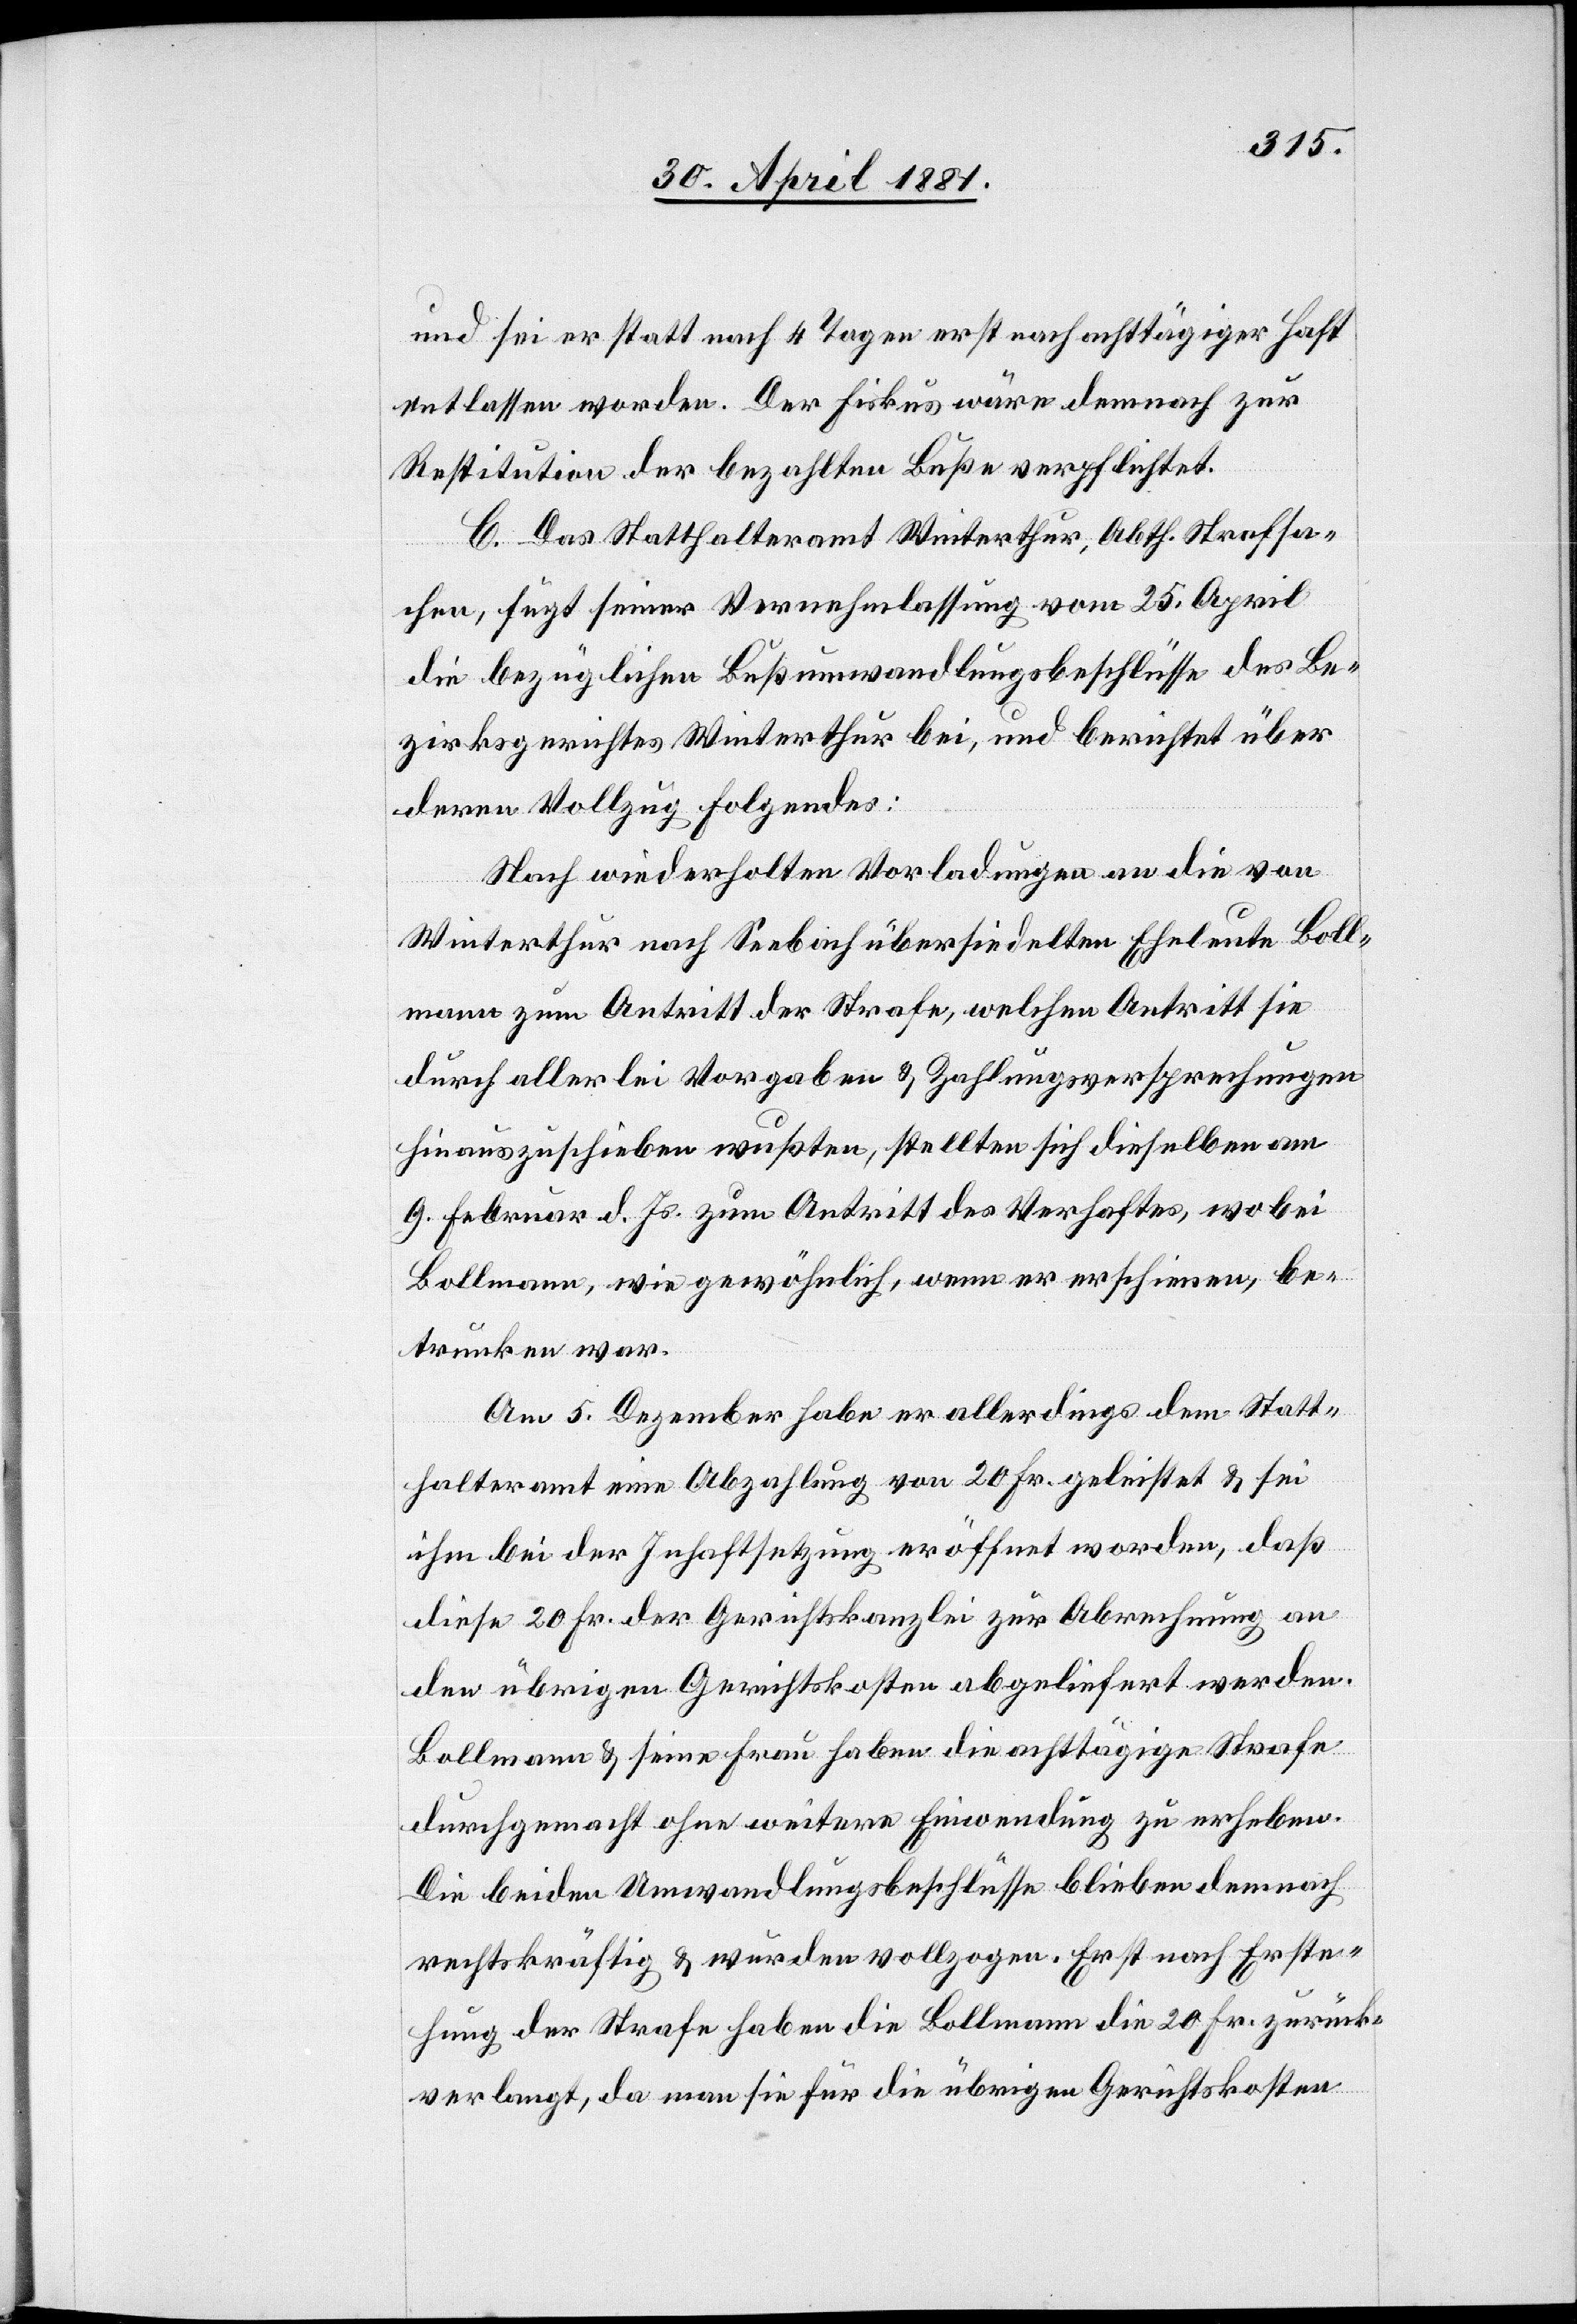
und sei er statt nach 4 Tagen erst nach achttägiger Haft
entlassen worden. Der Fiskus wäre demnach zur
Restitution der bezahlten Buße verpflichtet.
C. Das Statthalteramt Winterthur, Abth. Strafsa¬
chen, fügt seiner Vernehmlassung vom 25. April
die bezüglichen Bußumwandlungsbeschlüsse des Be¬
zirksgerichtes Winterthur bei, und berichtet über
deren Vollzug folgendes:
Nach wiederholten Vorladungen an die von
Winterthur nach Seebach übersiedelten Eheleute Boll¬
mann zum Antritt der Strafe, welchen Antritt sie
durch allerlei Vorgaben & Zahlungsversprechungen
hinauszuschieben wußten, stellten sich dieselben am
9. Februar d. Js. zum Antritt des Verhaftes, wobei
Vollmann, wie gewöhnlich, wenn er erschienen, be¬
trunken war.
Am 5. Dezember habe er allerdings dem Statt¬
halteramt eine Abzahlung von 20 Fr. geleistet & sei
ihm bei der Inhaltsetzung eröffnet worden, daß
diese 20 Fr. der Gerichtskanzlei zur Abrechnung an
den übrigen Gerichtskosten abgeliefert werden.
Bollmann & seine Frau haben die achttägige Strafe
durchgemacht ohne weitere Einwendung zu erheben.
Die beiden Umwandlungsbeschlüsse blieben demnach
rechtskräftig & wurden vollzogen. Erst nach Erste¬
hung der Strafe haben die Bollmann die 20 Fr. zurück¬
verlangt, da man sie für die übrigen Gerichtskosten